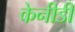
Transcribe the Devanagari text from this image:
केनीडी